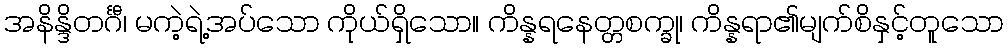
အနိန္ဒိတင်္ဂီ၊ မကဲ့ရဲ့အပ်သော ကိုယ်ရှိသော။ ကိန္နရနေတ္တစက္ခု၊ ကိန္နရာ၏မျက်စိနှင့်တူသော